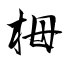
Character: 栂